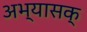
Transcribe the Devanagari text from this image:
अभ्यासक्